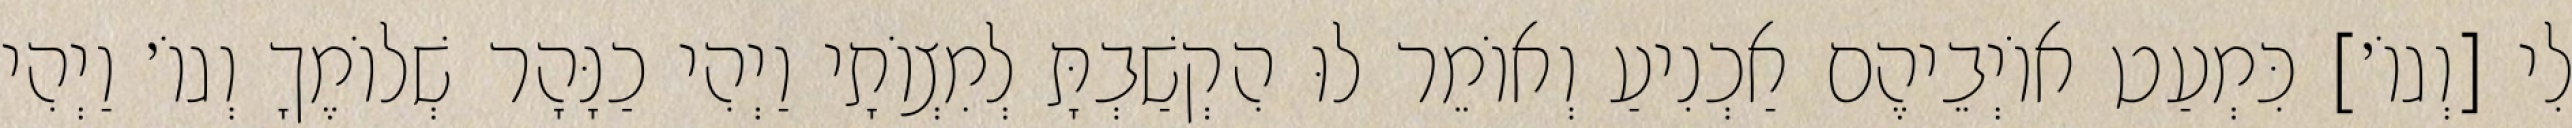
לִי [וְגוֹ׳] כִּמְעַט אוֹיְבֵיהֶם אַכְנִיעַ וְאוֹמֵר לוּ הִקְשַׁבְתָּ לְמִצְוֹתָי וַיְהִי כַנָּהָר שְׁלוֹמֶךָ וְגוֹ׳ וַיְהִי